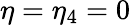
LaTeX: \eta=\eta_{4}=0